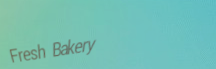
Fresh Bakery